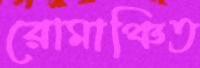
রোমাঞ্চিত